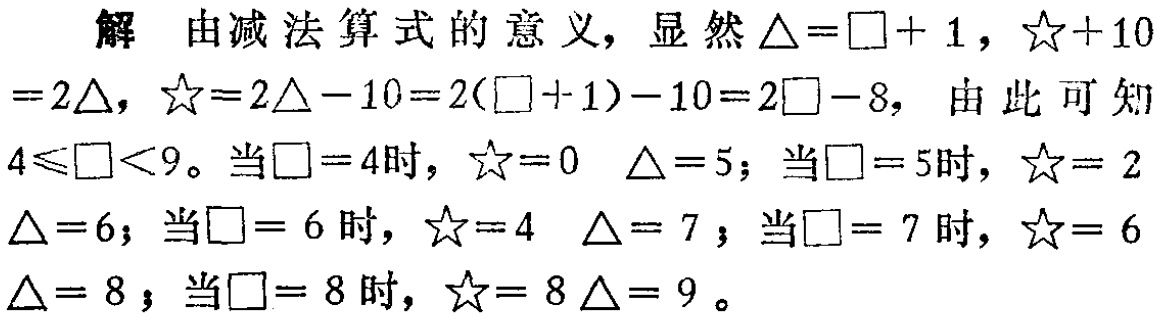
解 由减法算式的意义，显然\(\triangle=\square + 1\)，\(\star+10 =2\triangle\)，\(\star=2\triangle -10=2(\square +1)-10=2\square -8\)，由此可知\(4\leqslant\square<9\)。当\(\square = 4\)时，\(\star=0\)  \(\triangle = 5\)；当\(\square = 5\)时，\(\star= 2\)  \(\triangle = 6\)；当\(\square = 6\)时，\(\star=4\)  \(\triangle = 7\)；当\(\square = 7\)时，\(\star= 6\)  \(\triangle = 8\)；当\(\square = 8\)时，\(\star= 8\) \(\triangle = 9\)。